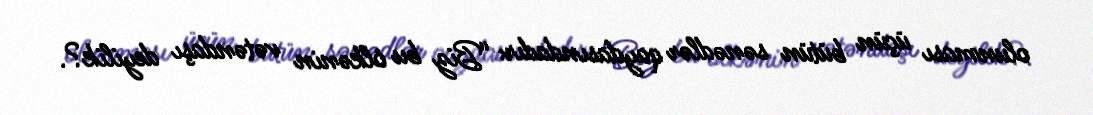
olunması üçün bütün sənədlər qaydasındadır: “Biz bu ölkənin vətəndaşı deyilik?.